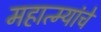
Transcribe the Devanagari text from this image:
महात्म्यांचे